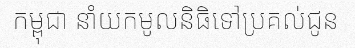
កម្ពុជា នាំយកមូលនិធិទៅប្រគល់ជូន